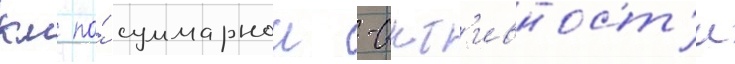
км по́ суммарнои -акт'ивност'и